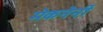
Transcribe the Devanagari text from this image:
मेकनेर्नी